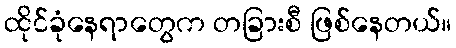
ထိုင်ခုံနေရာတွေက တခြားစီ ဖြစ်နေတယ်။